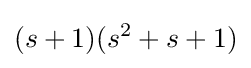
(s+1)(s^{2}+s+1)